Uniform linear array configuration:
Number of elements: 12
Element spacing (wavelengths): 1
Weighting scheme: blackman
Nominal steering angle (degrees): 15
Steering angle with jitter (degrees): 16.898
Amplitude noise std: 0.05
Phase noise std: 0.05

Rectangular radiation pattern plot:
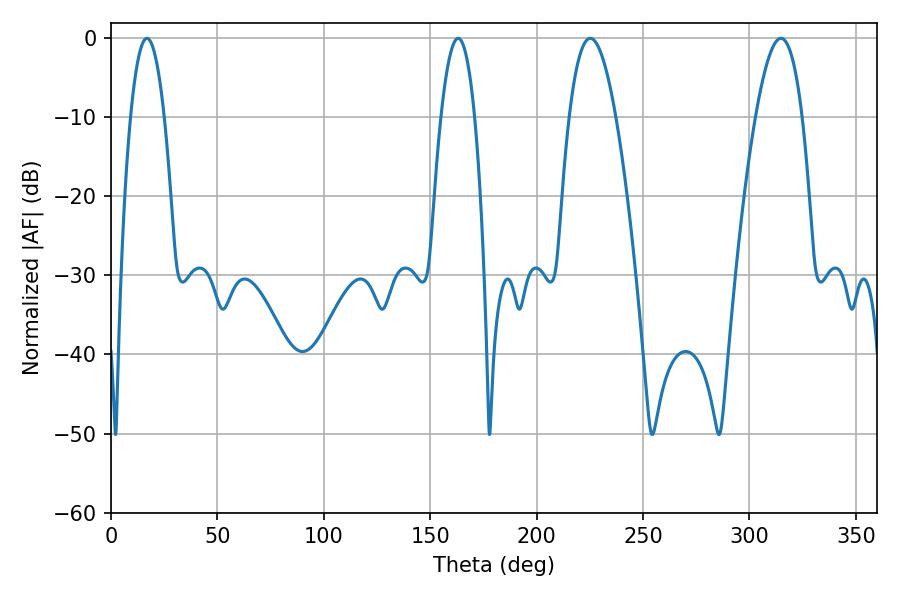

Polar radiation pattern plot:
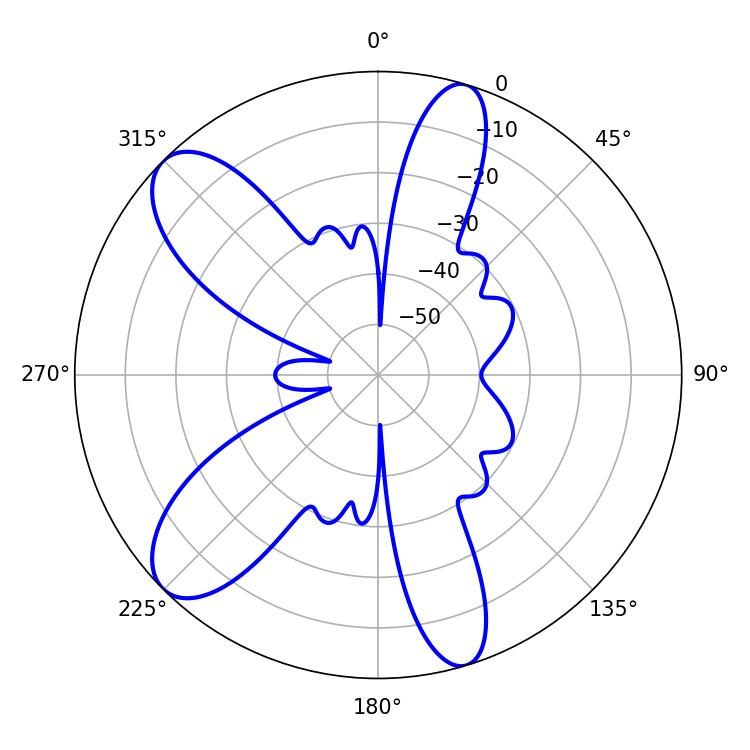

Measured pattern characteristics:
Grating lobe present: TRUE
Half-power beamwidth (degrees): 11.88
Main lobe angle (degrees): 225.18